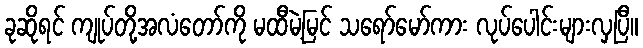
ခုဆိုရင် ကျုပ်တို့အလံတော်ကို မထီမဲ့မြင် သရော်မော်ကား လုပ်ပေါင်းများလှပြီ။